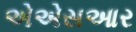
એએસઆર